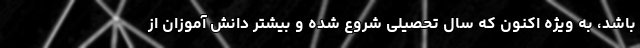
باشد، به ویژه اکنون که سال تحصیلی شروع شده و بیشتر دانش آموزان از